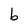
Character: b